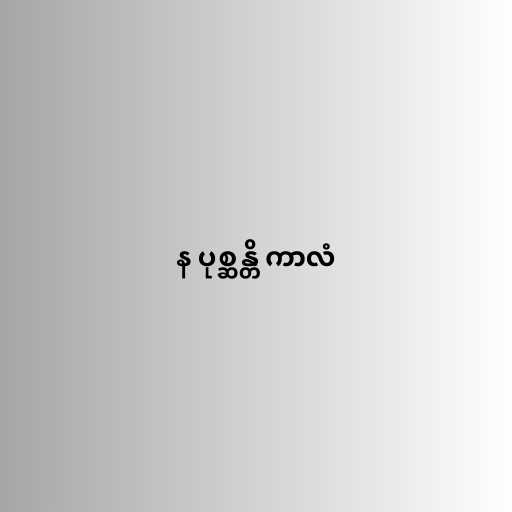
န ပုစ္ဆန္တိ ကာလံ